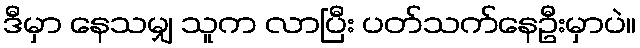
ဒီမှာ နေသမျှ သူက လာပြီး ပတ်သက်နေဦးမှာပဲ။